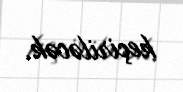
keçiriləcək.